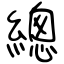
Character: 總